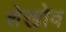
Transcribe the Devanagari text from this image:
शेखोव